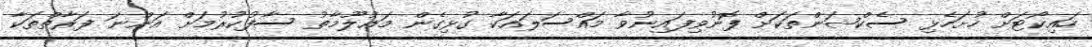
ހައިކޯޓަށް ހުށަހެޅި ސެކްޝަންތަކަށް ފޮނުވިފައިނުވާ މައްސަލައަކާ ގުޅިގެން މަޢުލޫމާތު ސާފުކުރުމަށް އަންނަ ފަރާތްތަކާ